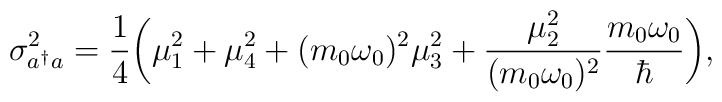
\sigma^2_{a^\dagger a} = {1\over 4} \biggl( \mu^2_1 +		\mu^2_4 + (m_0\omega_0)^2 \mu^2_3 + {\mu^2_2 \over		(m_0 \omega_0)^2}{m_0\omega_0 \over \hbar} 		\biggr)\\ ,